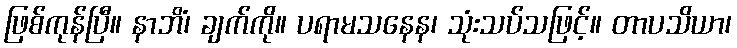
ဖြစ်ကုန်ပြီ။ နာဘိံ၊ ချက်ကို။ ပရာမသနေန၊ သုံးသပ်သဖြင့်။ တာပသိယာ၊